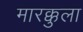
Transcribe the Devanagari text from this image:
मारक्कुला